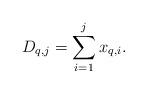
LaTeX: \begin{align*}D_{q,j}=\sum_{i=1}^{j}x_{q,i}.\end{align*}